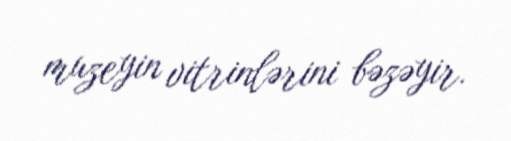
muzeyin vitrinlərini bəzəyir.